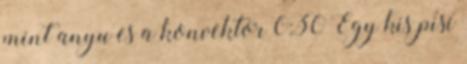
mint anyu es a konvektor 0:30 Egy kis pisi